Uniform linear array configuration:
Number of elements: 16
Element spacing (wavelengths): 1
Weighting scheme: kaiser
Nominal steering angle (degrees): -45
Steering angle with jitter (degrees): -46.109
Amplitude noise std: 0.05
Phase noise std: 0.05

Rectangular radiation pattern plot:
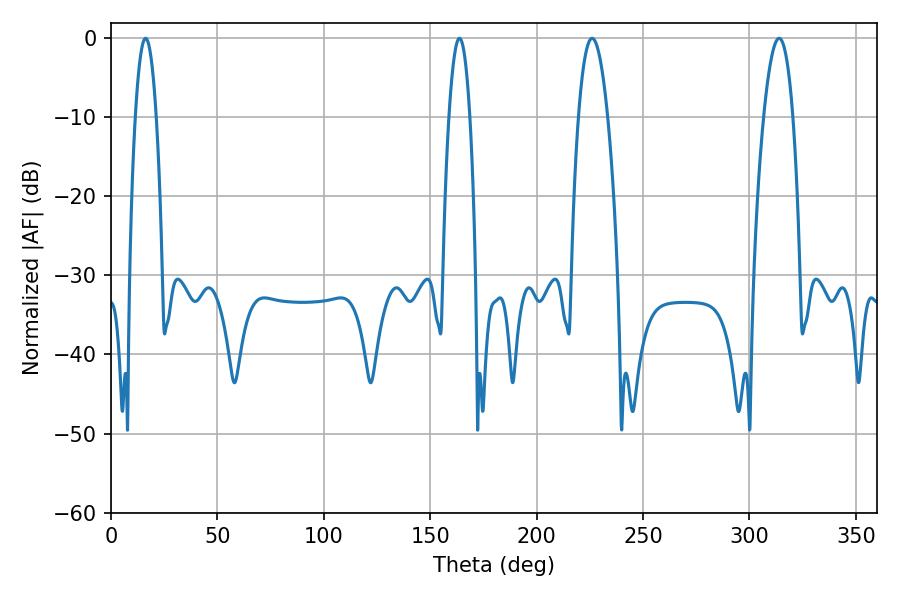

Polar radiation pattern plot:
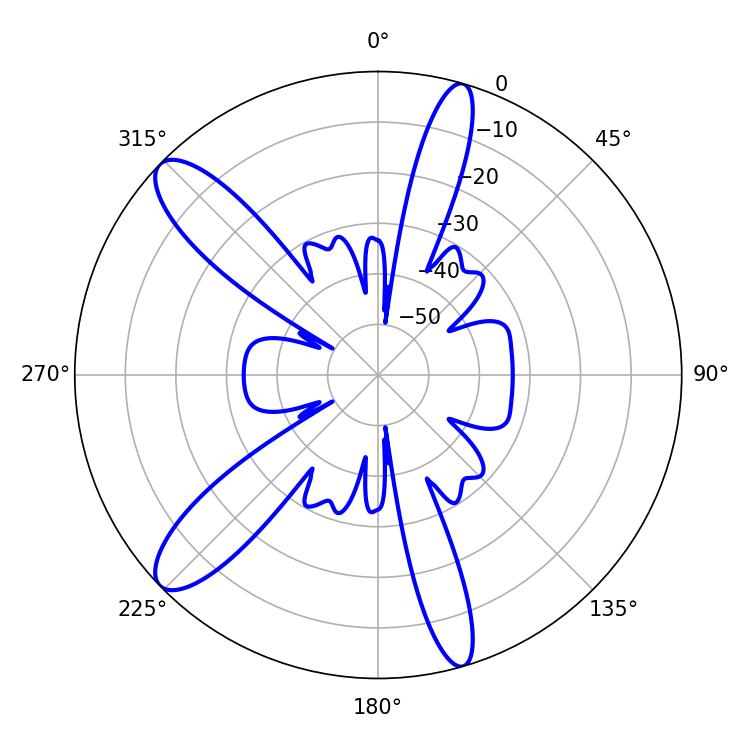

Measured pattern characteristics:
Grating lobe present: TRUE
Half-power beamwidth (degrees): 7.56
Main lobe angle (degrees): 226.08